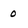
Character: 0